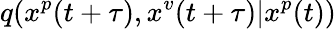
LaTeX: q(x^{p}(t+\tau),x^{v}(t+\tau)|x^{p}(t))